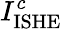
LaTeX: I_{\mathrm{ISHE}}^{c}